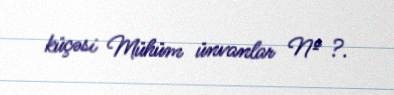
küçəsi Mühüm ünvanlar № ?.